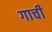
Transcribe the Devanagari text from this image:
गाची